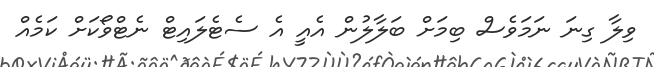
ވިލާ ގިނަ ނަމަވެސް ބިމަށް ބަލާލުން އެއީ އެ ސެޓެލައިޓް ނެޓްވޯކަށް ކަމެއް